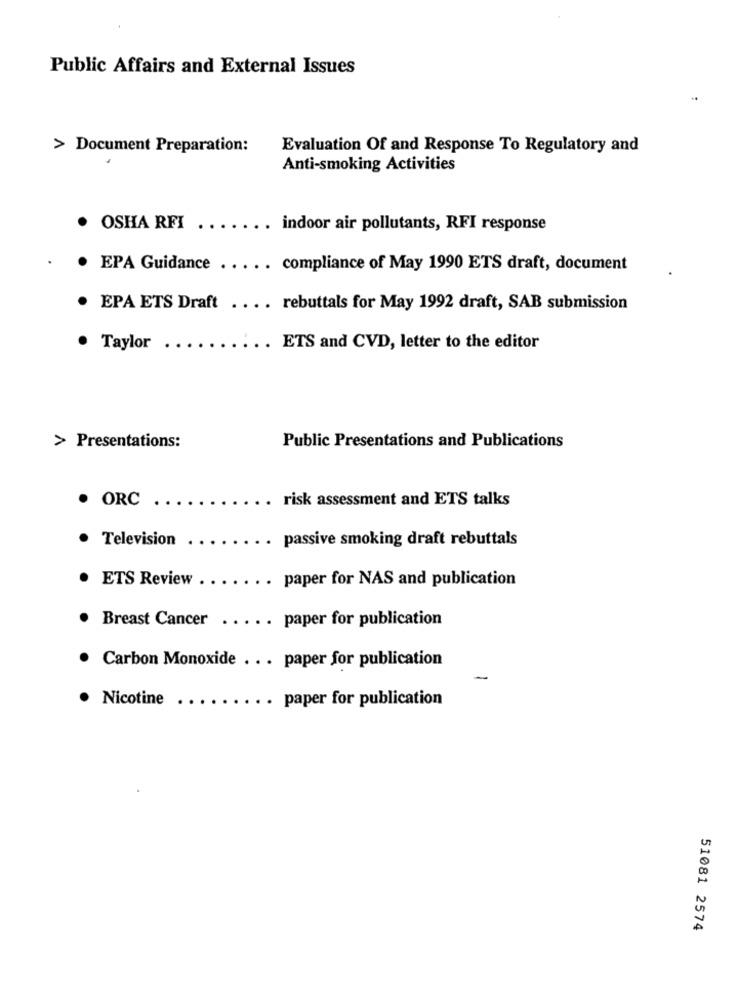
Public Affairs and External Issues
> Document Preparation:
Evaluation Of and Response To Regulatory and
Anti-smoking Activities
OSHA RFI
indoor air pollutants, RFI response
EPA Guidance
compliance of May 1990 ETS draft, document
EPA ETS Draft .... rebuttals for May 1992 draft, SAB submission
· Taylor
.. ETS and CVD, letter to the editor
> Presentations:
Public Presentations and Publications
ORC
. risk assessment and ETS talks
Television
passive smoking draft rebuttals
ETS Review
paper for NAS and publication
Breast Cancer . .
. paper for publication
. Carbon Monoxide ... paper for publication
-
· Nicotine
. paper for publication
51081 2574